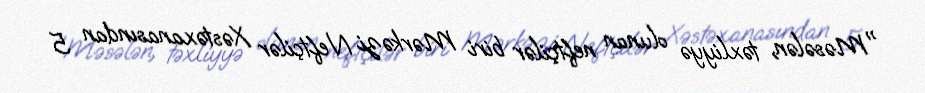
"Məsələn, təxliyyə olunan neftçilər biri Mərkəzi Neftçilər Xəstəxanasından 5